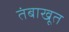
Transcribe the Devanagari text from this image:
तंबाखूत